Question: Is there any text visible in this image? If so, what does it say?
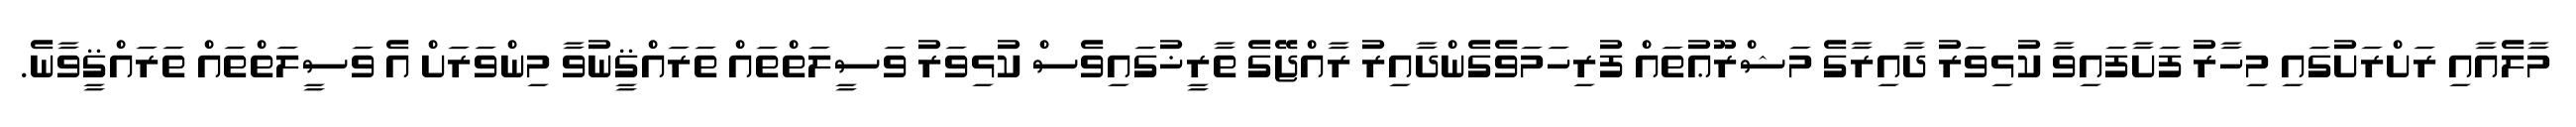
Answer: މާލެއާއި ރަށްރަށުގައި މިހާރު ފަށާފައިވާ ކުޅިވަރު ދާއިރާގެ މަޝްރޫޢުތައް ފުރިހަމަވެގެންދާއިރު ރާއްޖޭގެ ތާރީޚުގައިވެސް ކުޅިވަރު ވަސީލަތްތައް ތަރައްޤީނުވާ މިންވަރަށް އެ ވަސީލަތްތައް ތަރައްޤީވާނެ.